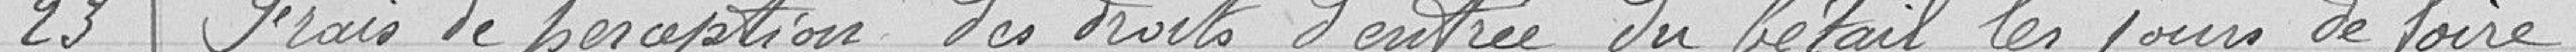
23 frais de perception des droits d'entrée du bétail les jours de foire